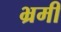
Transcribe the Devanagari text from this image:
भ्रमी